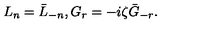
L _ { n } = \bar { L } _ { - n } , G _ { r } = - i \zeta \bar { G } _ { - r } .